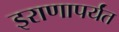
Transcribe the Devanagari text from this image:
इराणापर्यंत